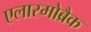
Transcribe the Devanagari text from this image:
एलास्मोब्रैक